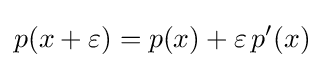
p(x+\varepsilon )=p(x)+\varepsilon \,p'(x)